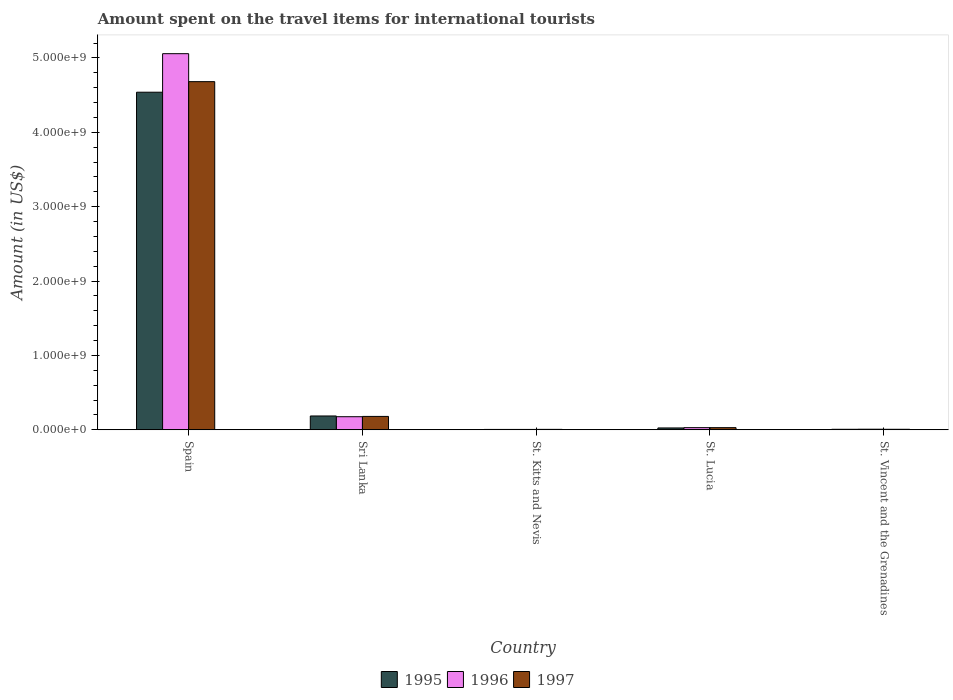
| Country | 1995 | 1996 | 1997 |
 | --- | --- | --- | --- |
 | Spain | 4.54e+09 | 5.06e+09 | 4.68e+09 |
 | Sri Lanka | 1.86e+08 | 1.76e+08 | 1.8e+08 |
 | St. Kitts and Nevis | 5e+06 | 5e+06 | 6e+06 |
 | St. Lucia | 2.5e+07 | 2.9e+07 | 2.9e+07 |
 | St. Vincent and the Grenadines | 7e+06 | 8e+06 | 7e+06 |